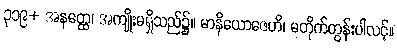
၃၁၉+ အနတ္ထေ၊ အကျိုးမရှိသည်၌။ မာနိယောဇေဟိ၊ မတိုက်တွန်းပါလင့်။